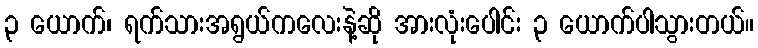
၃ ယောက်၊ ရက်သားအရွယ်ကလေးနဲ့ဆို အားလုံးပေါင်း ၃ ယောက်ပါသွားတယ်။